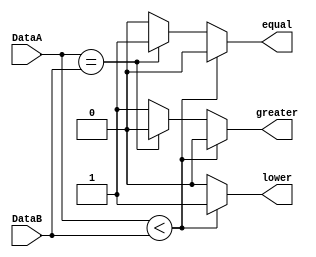
`timescale 1ns / 1ps
//////////////////////////////////////////////////////////////////////////////////
// Company: 
// Engineer: 
// 
// Design Name: 
// Module Name:    comparator 
// Project Name: 
// Target Devices: 
// Tool versions: 
// Description: 
//
// Dependencies: 
//
// Revision: 
// Revision 0.01 - File Created
// Additional Comments: 
//
//////////////////////////////////////////////////////////////////////////////////
module comparator(
	input [1:0] DataA,
	input [1:0] DataB,
   output reg equal,
   output reg lower,
   output reg greater
   );
	
	always @* begin
      if (DataA<DataB) begin
        equal = 0;
        lower = 1;
        greater = 0;
      end
      else if (DataA==DataB) begin
        equal = 1;
        lower = 0;
        greater = 0;
      end
      else begin
        equal = 0;
        lower = 0;
        greater = 1;
      end
    end

endmodule